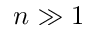
n \gg 1